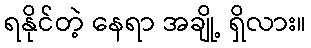
ရနိုင်တဲ့ နေရာ အချို့ ရှိလား။